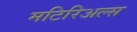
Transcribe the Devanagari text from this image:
मटिरिअल्स